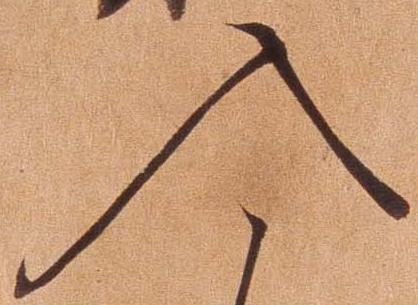
入